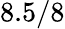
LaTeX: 8.5/8